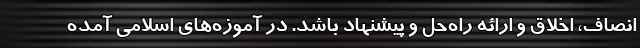
انصاف، اخلاق و ارائه راه‌حل و پیشنهاد باشد. در آموزه‌های اسلامی آمده